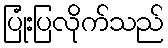
ပြုံးပြလိုက်သည်